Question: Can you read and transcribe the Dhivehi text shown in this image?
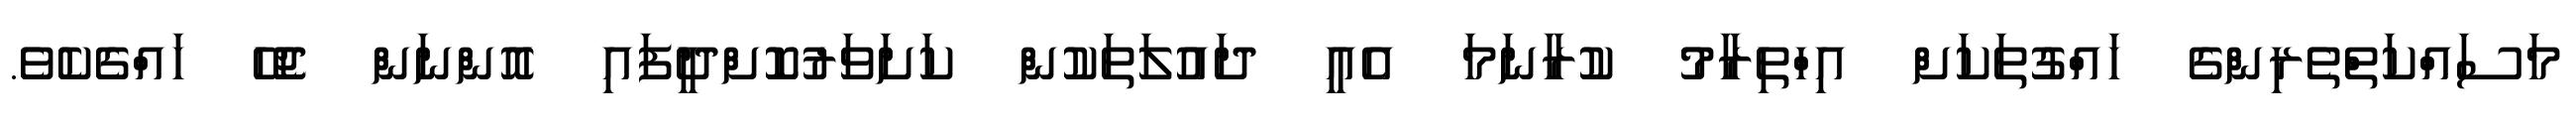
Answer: މަސައްކަތްތެރިންގެ ހައްގުތަކަށް އިހްތިރާމު ކުރާނަމަ އެއީ ދައުލަތަކުން ކަށަވަރުކޮށްދީފައި އޮންނަން ޖެހޭ ހައްގެކެވެ.